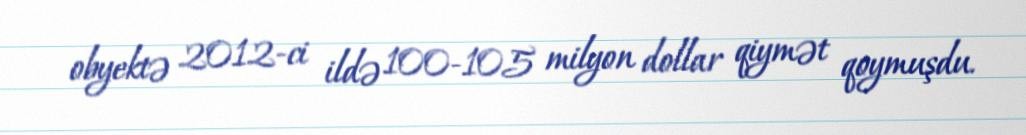
obyektə 2012-ci ildə 100-105 milyon dollar qiymət qoymuşdu.